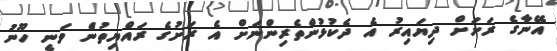
އޭނާގެ ރަށަށް ދިޔައިރު އެ ދެކުޅުންތެރިންނަށް އެ ރަށުގެ ރައްޔިތުންެ ވަނީ ހޫނު